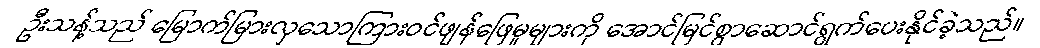
ဦးသန့်သည် မြောက်မြားလှသောကြားဝင်ဖျန်ဖြေမှုများကို အောင်မြင်စွာဆောင်ရွက်ပေးနိုင်ခဲ့သည်။